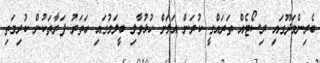
ބެރިންމަދޫގައި ރިސޯޓެއް ތަރައްގީ ކުރަން އަލަށް ހުޅުވާލި ބީލަމުގައި ހަތަރު ފަރާތަކުން ކުރިމަތި